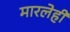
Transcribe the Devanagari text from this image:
मारलेही